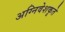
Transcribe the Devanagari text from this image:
अग्निवेशकृते